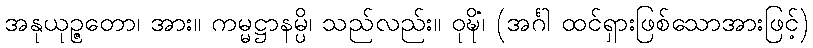
အနုယုဉ္ဇတော၊ အား။ ကမ္မဋ္ဌာနမ္ပိ၊ သည်လည်း။ ဝုဍ္ဎိံ၊ (အင်္ဂါ ထင်ရှားဖြစ်သောအားဖြင့်)